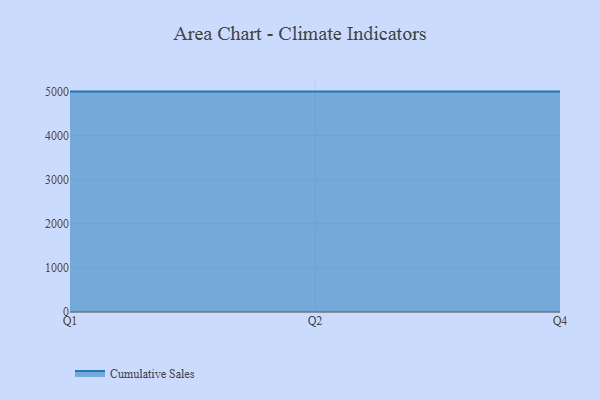
{"axis": {"x": "Quarter", "y": "Headcount"}, "legend": ["Cumulative Sales"], "data": [{"x": "Q1", "y": 5000, "type": "Cumulative Sales"}, {"x": "Q2", "y": 5000, "type": "Cumulative Sales"}, {"x": "Q4", "y": 5000, "type": "Cumulative Sales"}]}